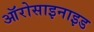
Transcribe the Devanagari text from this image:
ऑरोसाइनाइड